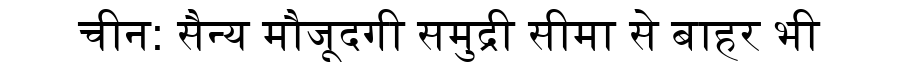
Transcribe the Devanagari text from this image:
चीन: सैन्य मौजूदगी समुद्री सीमा से बाहर भी